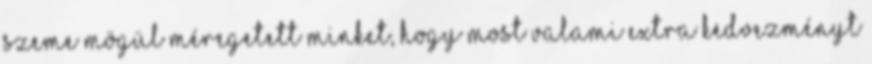
szeme mögül méregetett minket, hogy most valami extra kedvezményt